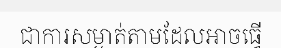
ជាការសម្ងាត់តាមដែលអាចធ្វើ